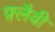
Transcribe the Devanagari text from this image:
फ़्लैवी